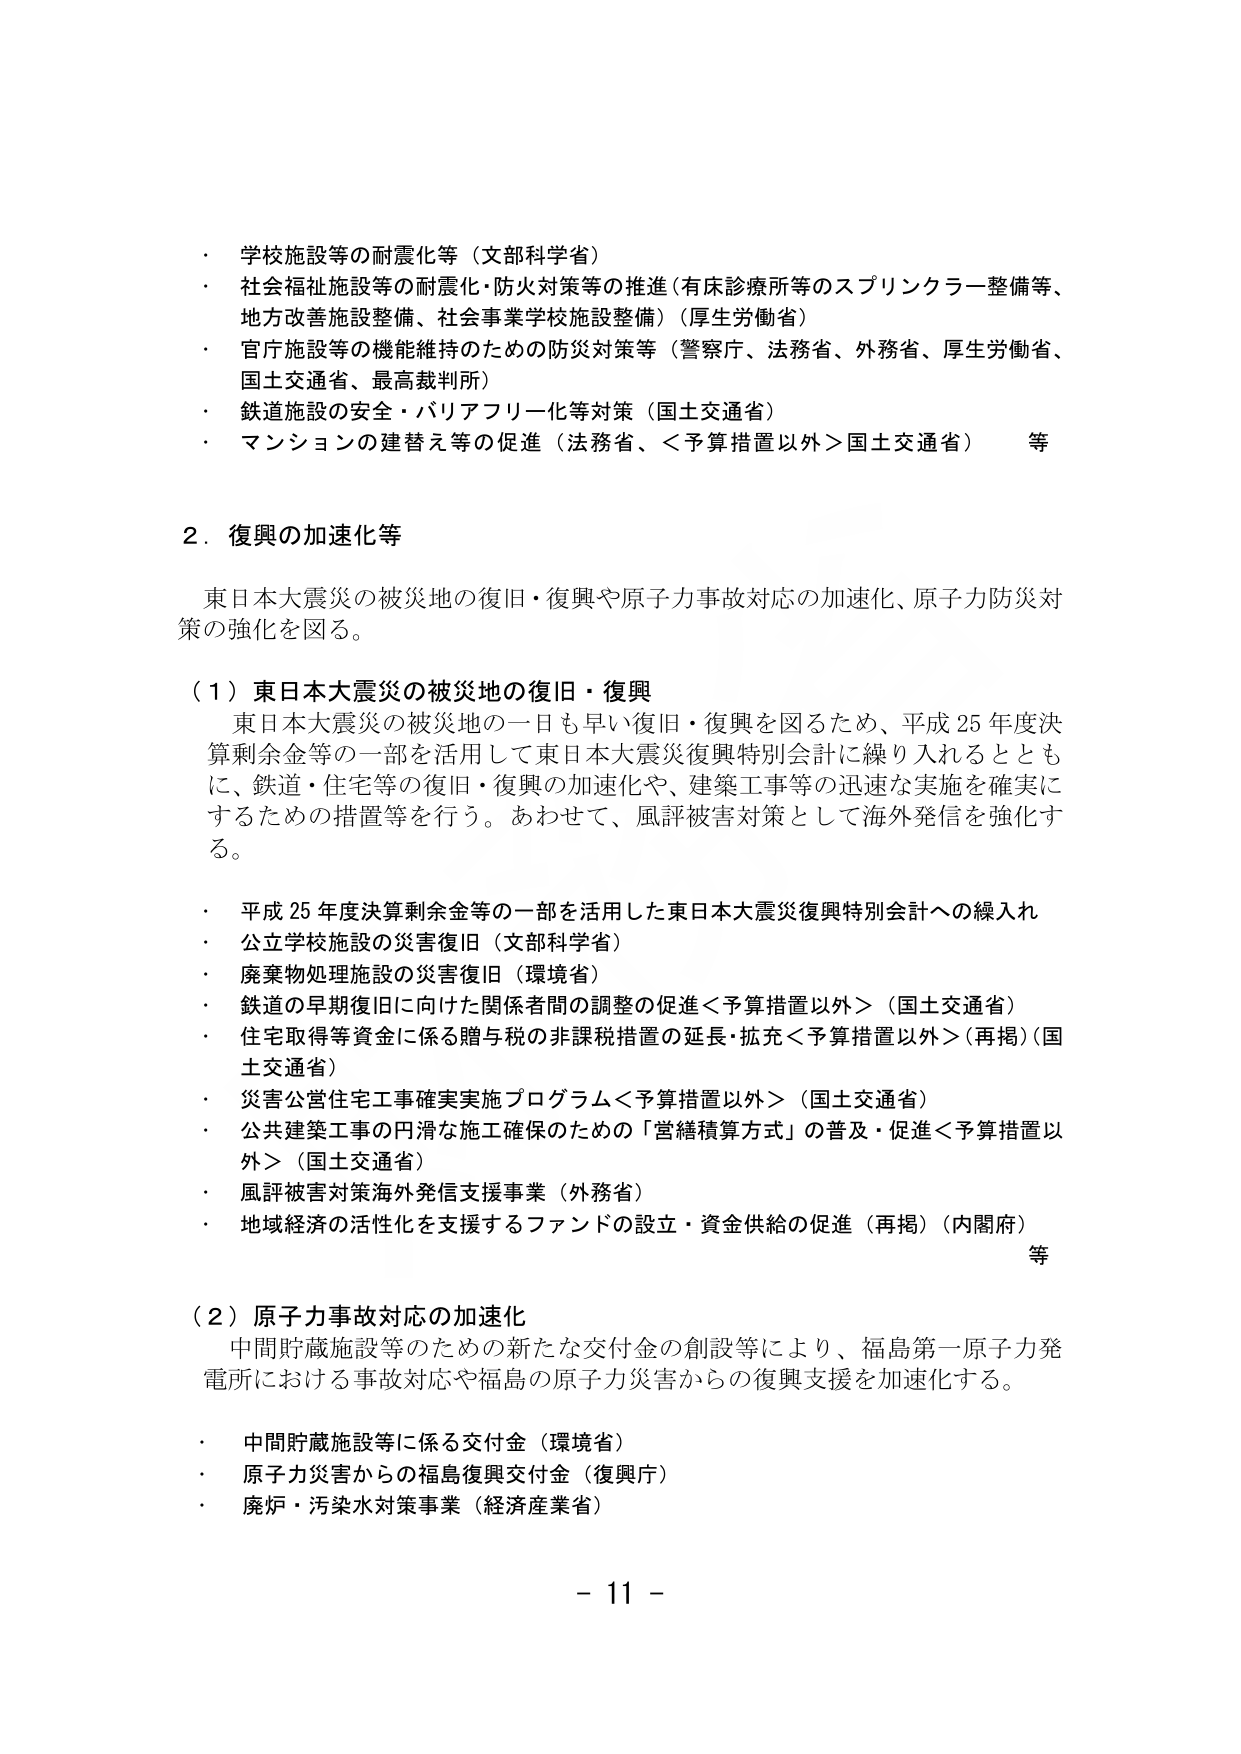
・ 学校施設等の耐震化等（文部科学省）
・ 社会福祉施設等の耐震化・防火対策等の推進（有床診療所等のスプリンクラー整備等、地方改善施設整備、社会事業学校施設整備）（厚生労働省）
・ 官庁施設等の機能維持のための防災対策等（警察庁、法務省、外務省、厚生労働省、国土交通省、最高裁判所）
・ 鉄道施設の安全・バリアフリー化等対策（国土交通省）
・ マンションの建替え等の促進（法務省、＜予算措置以外＞国土交通省）　等

2．復興の加速化等

　東日本大震災の被災地の復旧・復興や原子力事故対応の加速化、原子力防災対策の強化を図る。

（1）東日本大震災の被災地の復旧・復興

　東日本大震災の被災地の一日も早い復旧・復興を図るため、平成25年度決算剰余金等の一部を活用して東日本大震災復興特別会計に繰り入れるとともに、鉄道・住宅等の復旧・復興の加速化や、建築工事等の迅速な実施を確実にするための措置等を行う。あわせて、風評被害対策として海外発信を強化する。

・ 平成25年度決算剰余金等の一部を活用した東日本大震災復興特別会計への繰入れ
・ 公立学校施設の災害復旧（文部科学省）
・ 廃棄物処理施設の災害復旧（環境省）
・ 鉄道の早期復旧に向けた関係者間の調整の促進＜予算措置以外＞（国土交通省）
・ 住宅取得等資金に係る贈与税の非課税措置の延長・拡充＜予算措置以外＞（再掲）（国土交通省）
・ 災害公営住宅工事確実実施プログラム＜予算措置以外＞（国土交通省）
・ 公共建築工事の円滑な施工確保のための「営繕積算方式」の普及・促進＜予算措置以外＞（国土交通省）
・ 風評被害対策海外発信支援事業（外務省）
・ 地域経済の活性化を支援するファンドの設立・資金供給の促進（再掲）（内閣府）　等

（2）原子力事故対応の加速化

　中間貯蔵施設等のための新たな交付金の創設等により、福島第一原子力発電所における事故対応や福島の原子力災害からの復興支援を加速化する。

・ 中間貯蔵施設等に係る交付金（環境省）
・ 原子力災害からの福島復興交付金（復興庁）
・ 廃炉・汚染水対策事業（経済産業省）

- 11 -